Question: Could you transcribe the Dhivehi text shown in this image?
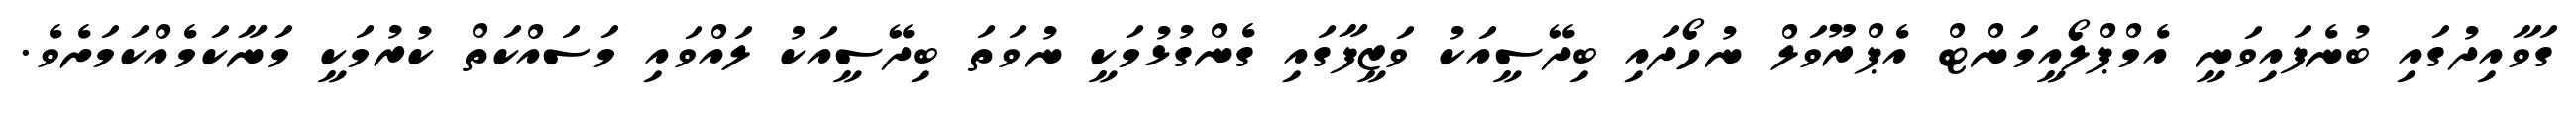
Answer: ގަވާއިދުގައި ބުނެފައިވަނީ އެމްޕްލޯއީމަންޓް އެޕްރޫވަލް ނުހޯދައި ބިދޭސީއަކު ވަޒީފާގައި ގެންގުޅުމަކީ ނުވަތަ ބިދޭސީއަކު ލައްވައި މަސައްކަތް ކުރުމަކީ މަނާކަމެއްކަމަށެވެ.